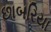
છાબરિયા